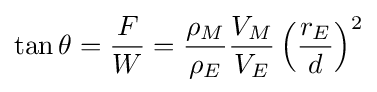
\tan \theta ={\frac {F}{W}}={\frac {\rho _{M}}{\rho _{E}}}{\frac {V_{M}}{V_{E}}}\left({\frac {r_{E}}{d}}\right)^{2}